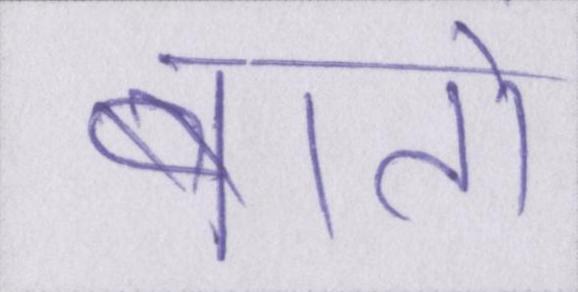
बातों